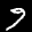
Label: 9